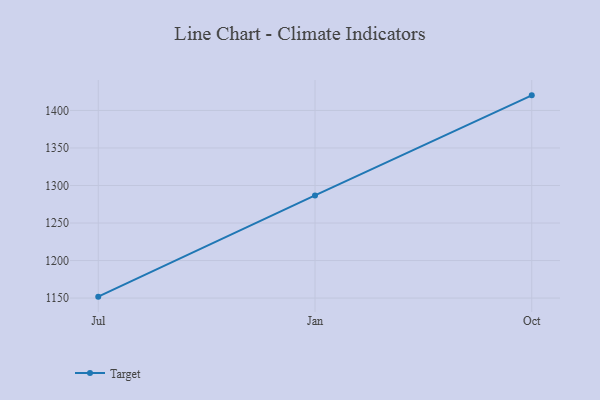
{"axis": {"x": "Month", "y": "LTV (USD)"}, "legend": ["Target"], "data": [{"x": "Jul", "y": 1151.9, "type": "Target"}, {"x": "Jan", "y": 1286.8, "type": "Target"}, {"x": "Oct", "y": 1420.1, "type": "Target"}]}